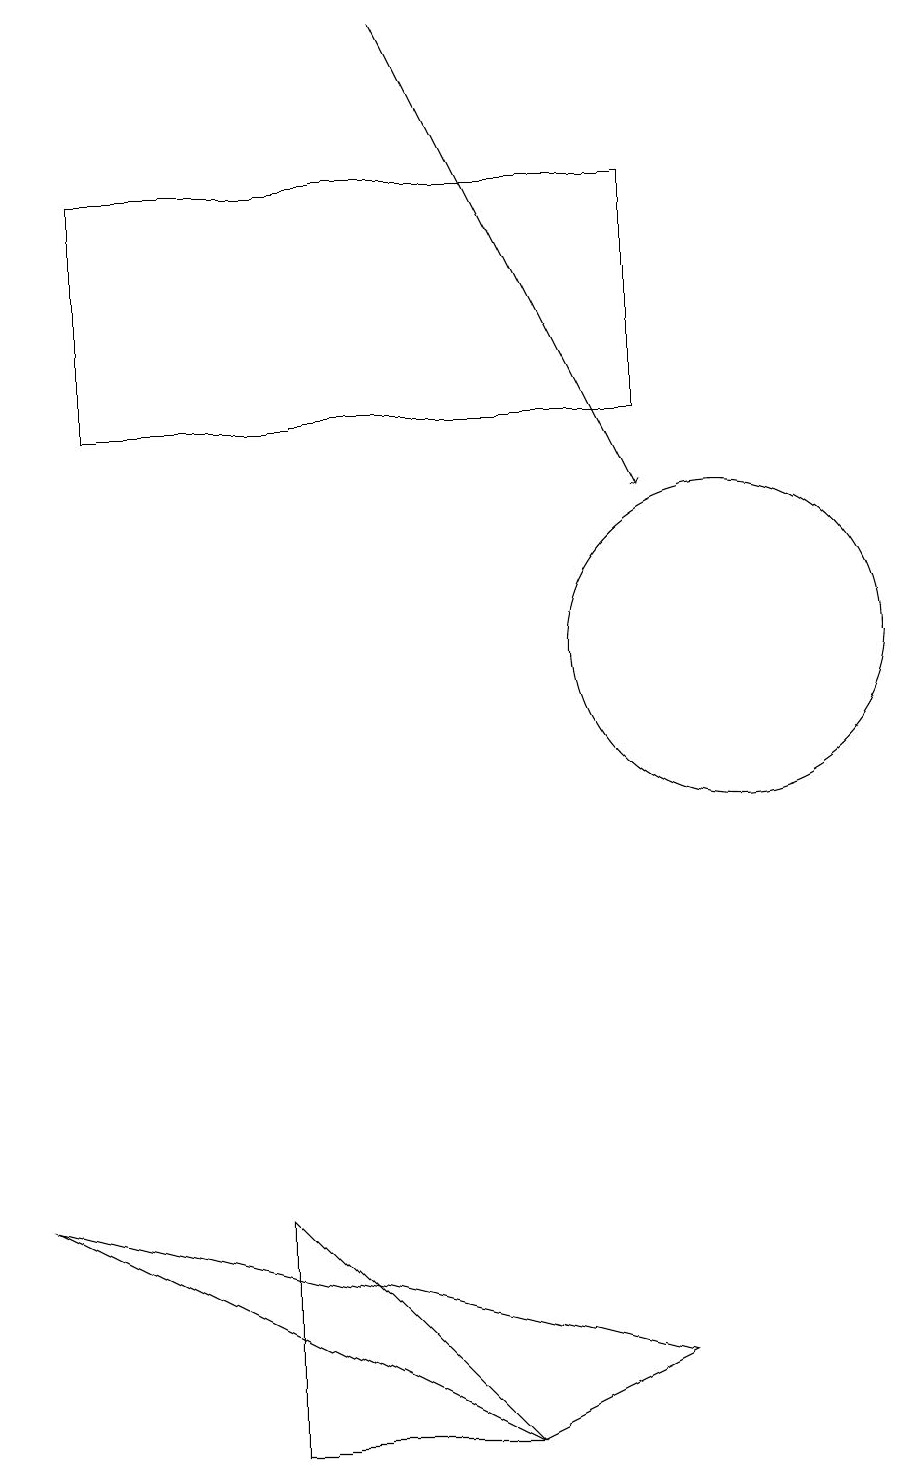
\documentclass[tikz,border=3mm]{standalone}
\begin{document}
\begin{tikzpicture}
\draw (10,10) circle (2);
\draw (9,1) -- (7,0) -- (1,3) -- cycle;
\draw[->] (6,18) -- (9,12);
\draw (2,16) rectangle (9,13);
\draw (7,0) -- (4,0) -- (4,3) -- cycle;
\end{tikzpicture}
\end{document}